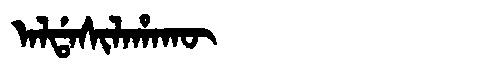
Manchu: ᠠᠯᡩᠠᠰᡳᠯᠠᡥᠠᡴᡡ
Romanization: ALDASILAHAKŪ